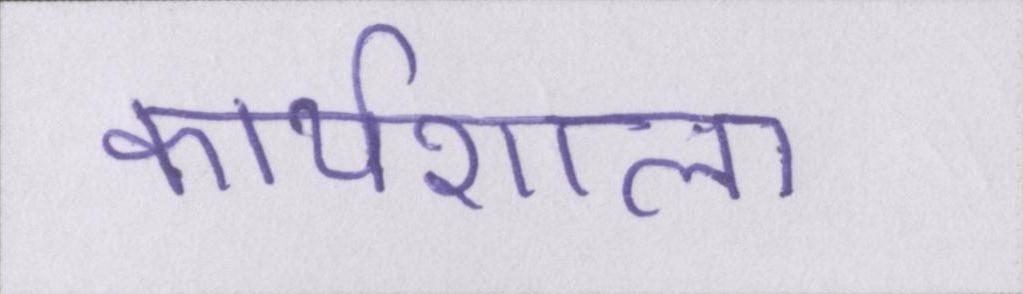
कार्यशाला